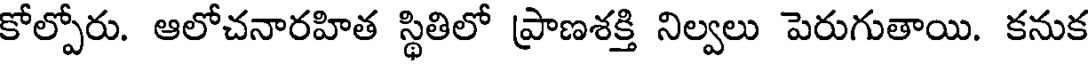
కోల్పోరు. ఆలోచనారహిత స్థితిలో ప్రాణశక్తి నిల్వలు పెరుగుతాయి. కనుక